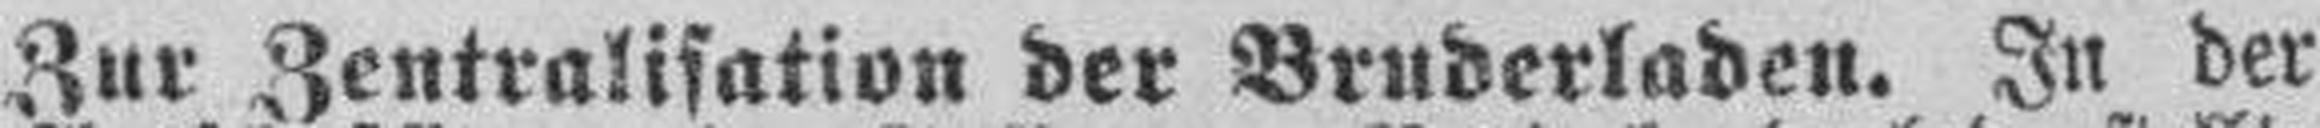
Zur Zentralisation der Bruderladen. In der